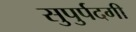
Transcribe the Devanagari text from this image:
सुपुर्पदगी